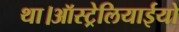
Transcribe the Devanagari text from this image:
था।ऑस्ट्रेलियाईयो